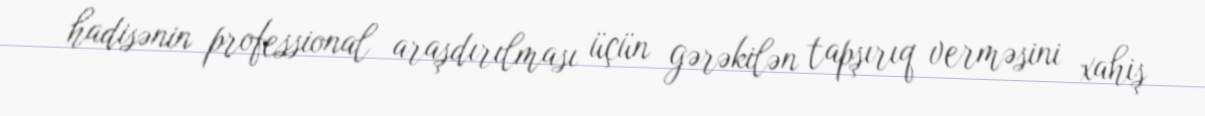
hadisənin professional araşdırılması üçün gərəkilən tapşırıq verməsini xahiş